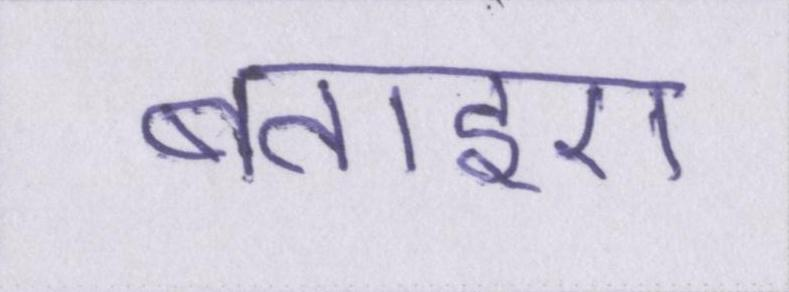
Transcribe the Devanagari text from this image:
बताइए